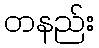
တနည်း